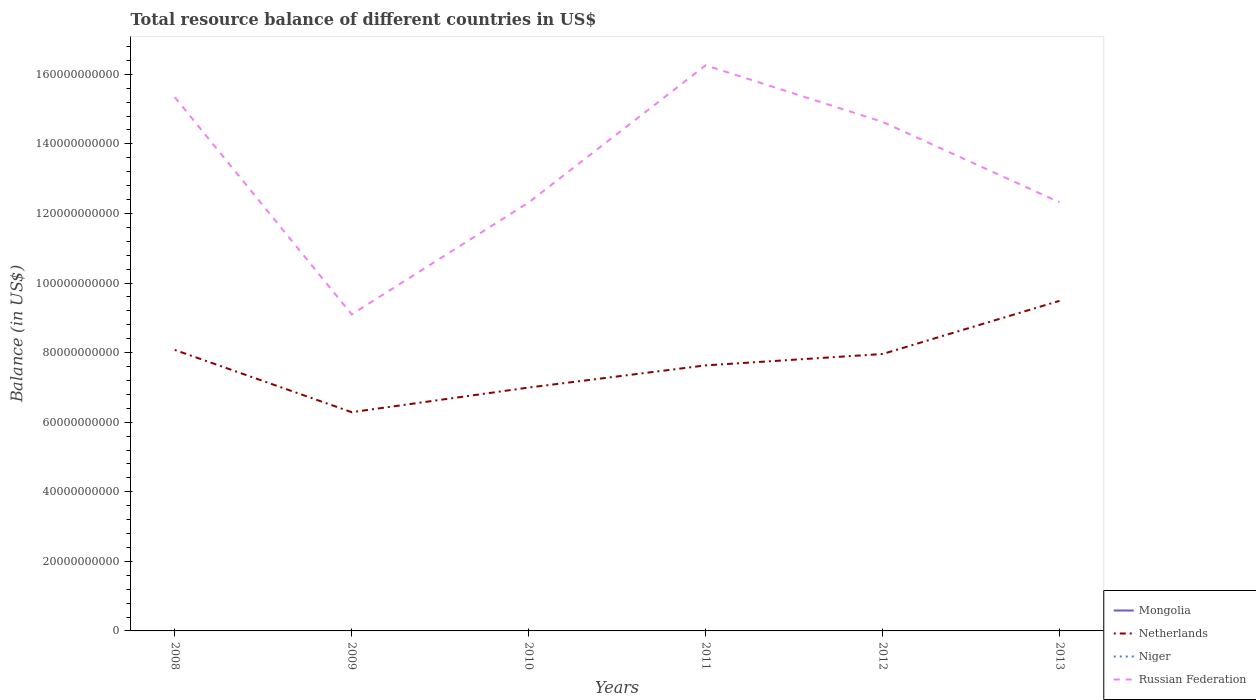
| Years | Mongolia | Netherlands | Niger | Russian Federation |
 | --- | --- | --- | --- | --- |
 | 2008 | -7.4e+08 | 8.08e+10 | -9.7e+08 | 1.53e+11 |
 | 2009 | -3.33e+08 | 6.29e+10 | -1.43e+09 | 9.1e+10 |
 | 2010 | -7.18e+08 | 7e+10 | -1.54e+09 | 1.23e+11 |
 | 2011 | -2.28e+09 | 7.63e+10 | -1.72e+09 | 1.63e+11 |
 | 2012 | -2.76e+09 | 7.96e+10 | -1.22e+09 | 1.46e+11 |
 | 2013 | -2.56e+09 | 9.49e+10 | -1.26e+09 | 1.23e+11 |